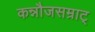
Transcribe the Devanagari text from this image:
कन्नौजसम्राट्